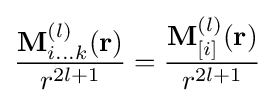
{\frac {\mathbf {M} _{i...k}^{(l)}(\mathbf {r} )}{r^{2l+1}}}={\frac {\mathbf {M} _{[i]}^{(l)}(\mathbf {r} )}{r^{2l+1}}}